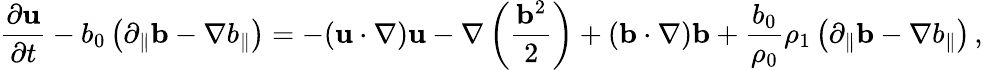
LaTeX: {\frac{\partial{\mathbf u}}{\partial t}}-b_{0}\left(\partial_{\parallel}{\mathbf b}-\nabla b_{\parallel}\right)=-({\mathbf u}\cdot\nabla){\mathbf u}-\nabla\left(\frac{{\mathbf b}^{2}}{2}\right)+({\mathbf b}\cdot\nabla){\mathbf b}+\frac{b_{0}}{\rho_{0}}\rho_{1}\left(\partial_{\parallel}{\mathbf b}-\nabla b_{\parallel}\right)\, ,